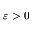
\varepsilon > 0